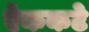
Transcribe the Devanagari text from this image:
ऐककटे